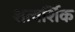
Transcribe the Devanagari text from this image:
शत्वर्शिक